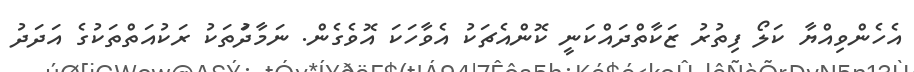
އެހެންވިއްޔާ ކަލޯ ފިތުރު ޒަކާތްދައްކަނީ ކޮންއެޗަކު އެވާހަކަ އޮވެގެން. ނަމާދުަތަކު ރަކުއަތްތަކުގެ އަދަދު